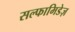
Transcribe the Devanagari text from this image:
सल्फामिडेज़